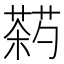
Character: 𬞠